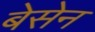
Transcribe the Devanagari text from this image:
बेसेन